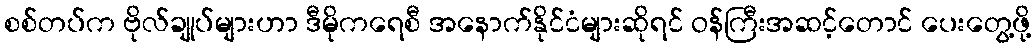
စစ်တပ်က ဗိုလ်ချုပ်များဟာ ဒီမိုကရေစီ အနောက်နိုင်ငံများဆိုရင် ဝန်ကြီးအဆင့်တောင် ပေးတွေ့ဖို့